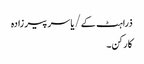
ذراہٹ کے/یاسر پیر زادہ
کارکن۔